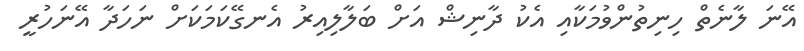
އޭނަ ލާނެތް ހިނިތުންވުމަކާއި އެކު ދާނިޝް އަށް ބަލާލިއިރު އެނގޭކަމަކަށް ނަހަދާ އޭނަހުރީ